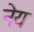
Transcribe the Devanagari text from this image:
नेय